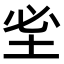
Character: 𡊭